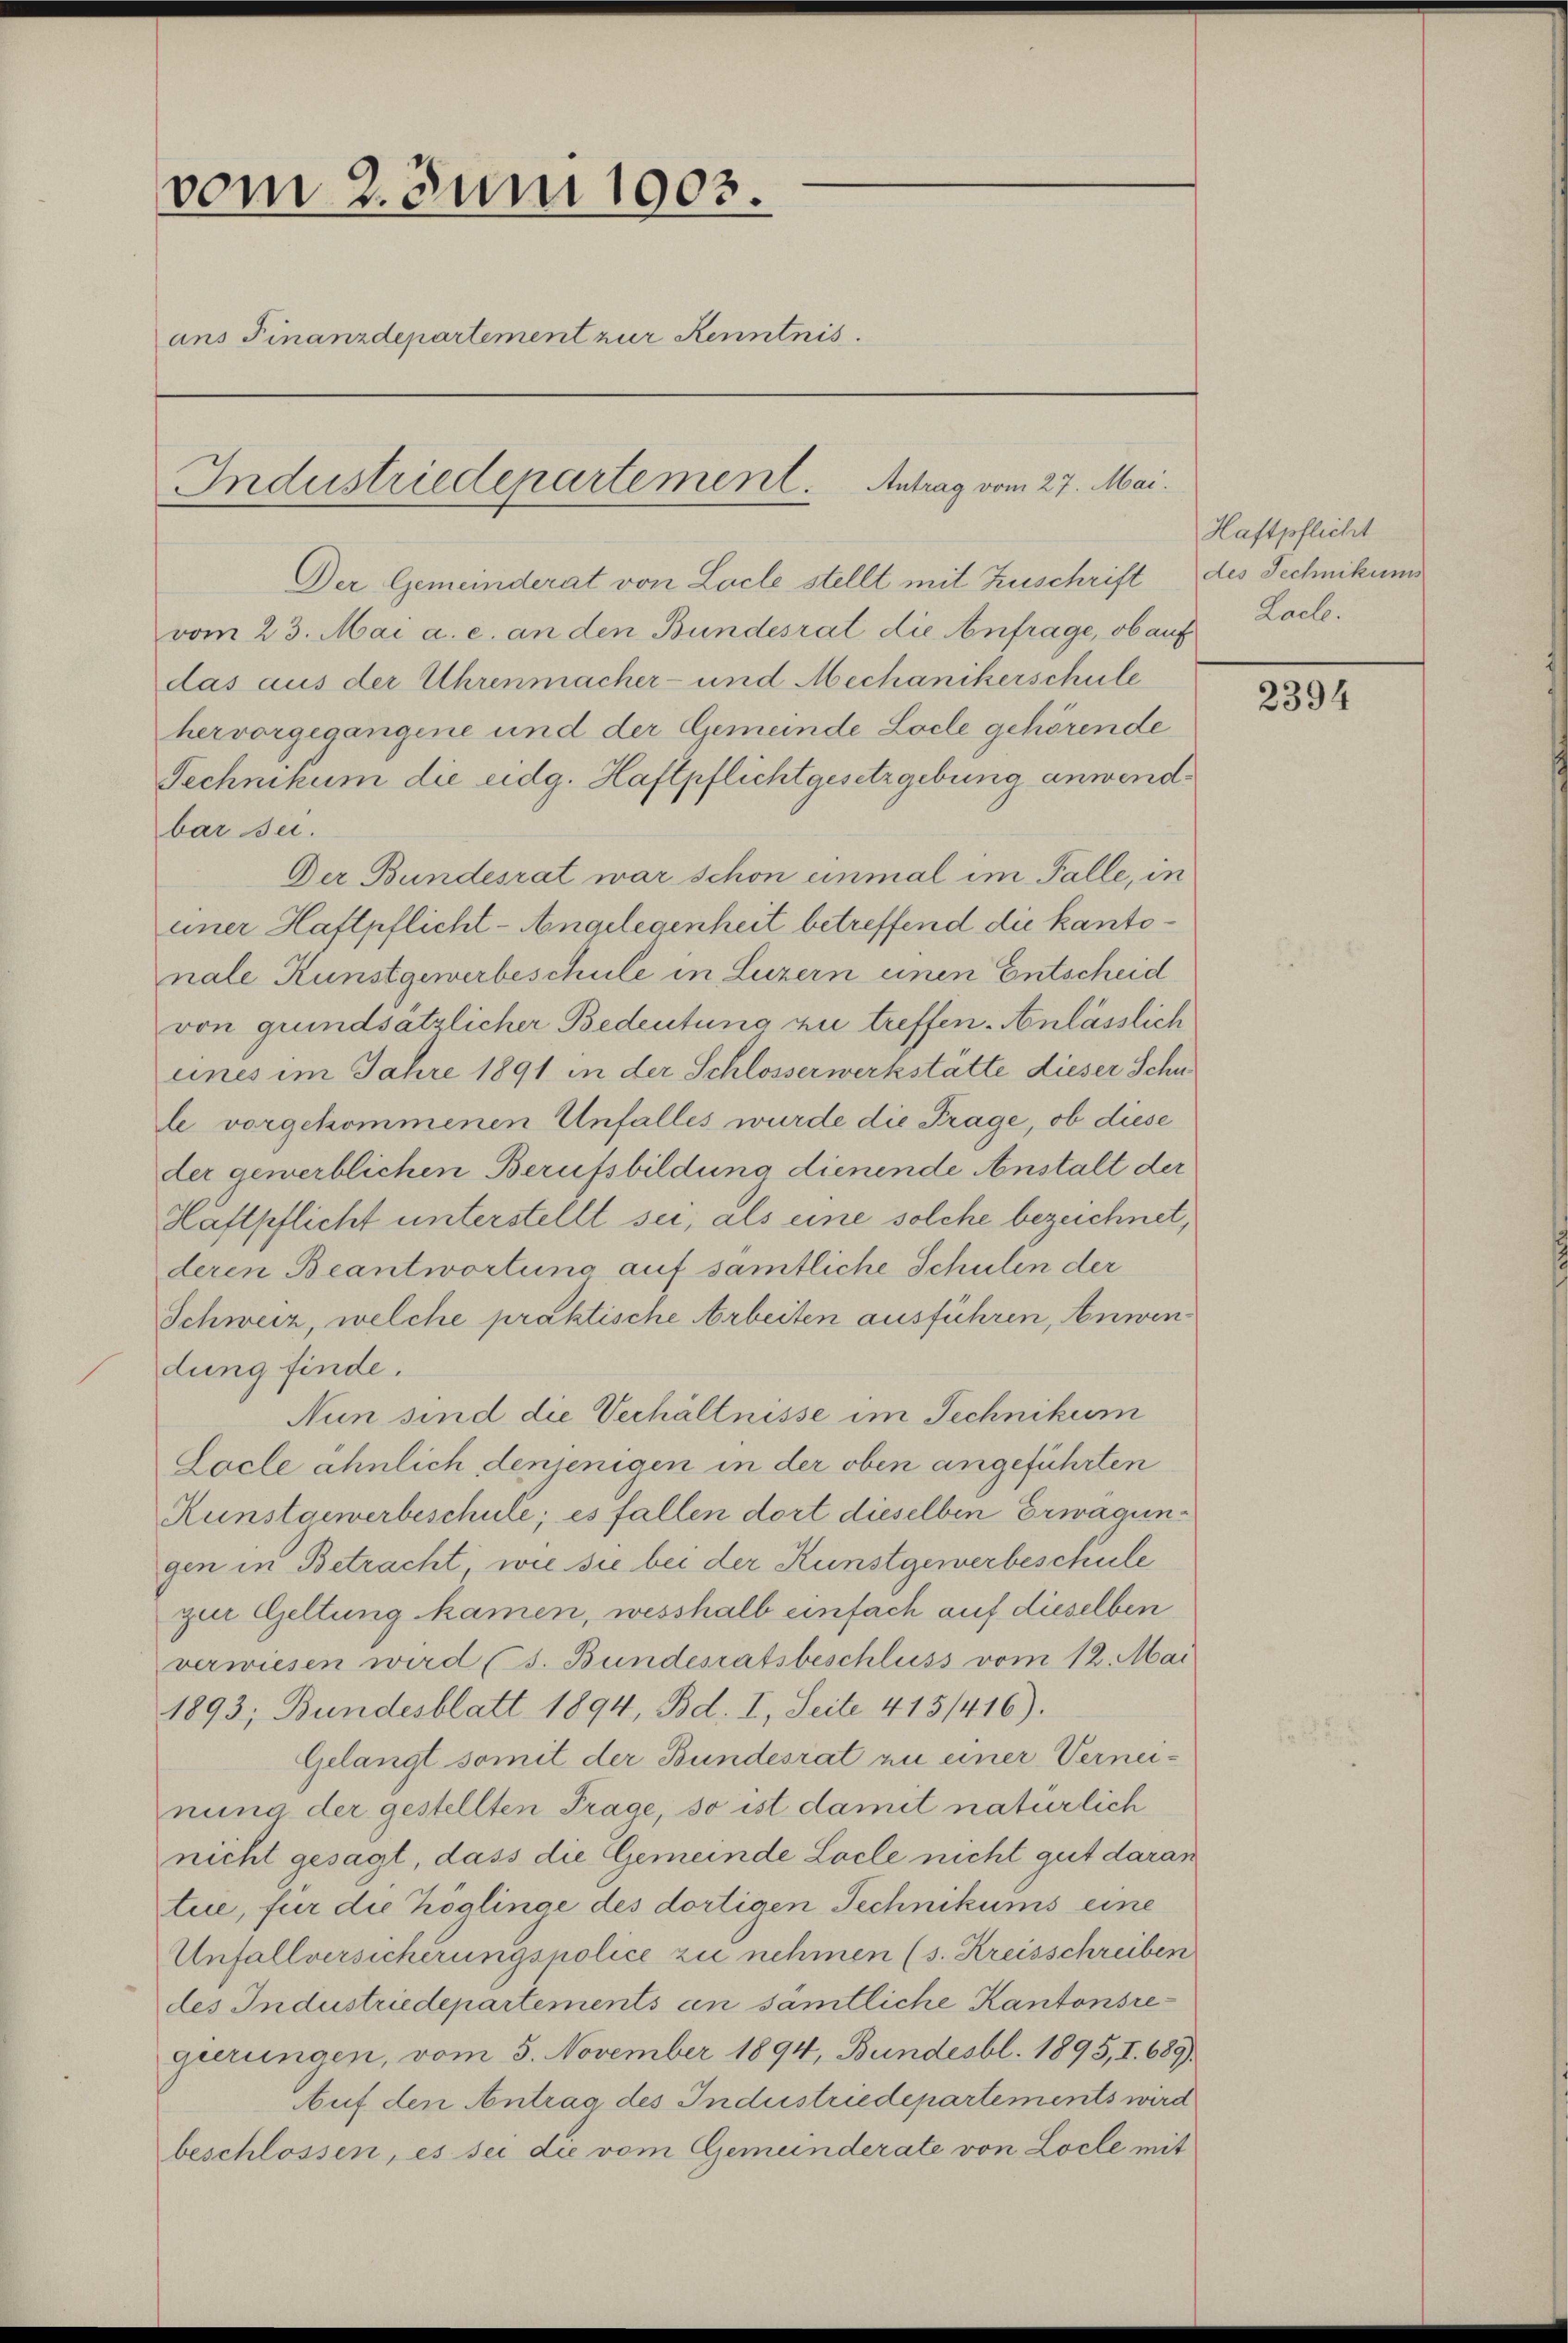
vom 2. Juni 1903.
ans Finanzdepartement zur Kenntnis.
Industriedepartement. Antrag vom 27. Mai.

Der Gemeinderat von Loche stellt mit Zuschrift des Technikums
vom 23. Mai a. c. an den Bundesrat die Anfrage, ob auf Lache.
das aus der Uhrenmacher- und Mechanikerschule
hervorgegangene und der Gemeinde Loche gehörende
Technikum die eidg. Haftpflichtgesetzgebung anwendbar sei.
Der Bundesrat war schon einmal im Falle, in
einer Haftpflicht - Angelegenheit betreffend die kantonale Kunstgewerbeschule in Luzern einen Entscheid
von grundsätzlicher Bedeutung zu treffen. Anlässlich
eines im Jahre 1891 in der Schlosserwerkstätte dieser Schn
le vorgekommenen Unfalles wurde die Frage, ob diese
der gewerblichen Berufsbildung dienende Anstalt der
Haftpflicht unterstellt sei, als eine solche bezeichnet,
deren Beantwortung auf sämtliche Schulen der
Schweiz, welche praktische Arbeiten ausführen, Anwendung finde.
Nun sind die Verhältnisse im Technikum
Locle ähnlich denjenigen in der oben angeführten
Kunstgewerbeschule; es fallen dort dieselben Erwägungen in Betracht, wie sie bei der Kunstgewerbeschule
zen Geltung kamen, wesshalb einfach auf dieselben
verwiesen wird (s. Bundesratsbeschluss vom 12. Mai
1893; Bundesblatt 1894, Bd. I, Seite 415/416).
Gelangt somit der Bundesrat zu einer Verneinung der gestellten Frage, so ist damit natürlich
nicht gesagt, dass die Gemeinde Loche nicht gut daran
tue, für die Zöglinge des dortigen Technikums eine
Unfallversicherungsnolice zu nehmen (s. Kreisschreiben
des Industriedepartements an sämtliche Kantonsregierungen, vom 3. November 1894, Bundesbl. 1895, I. 689)
Auf den Antrag des Industriedepartements wird
beschlossen, es sei die vom Gemeinderate von Locle mit

Haftpflicht

2394